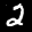
Label: 2